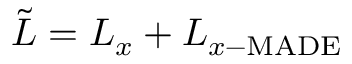
\tilde { L } = L _ { x } + L _ { x - \mathrm { M A D E } }